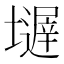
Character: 𱘒